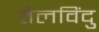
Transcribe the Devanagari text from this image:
तैलविंदु